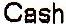
CASH